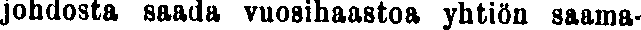
johdosta saada vuosihaastoa yhtiön saama-